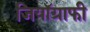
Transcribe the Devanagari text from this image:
जियॉग्राफी